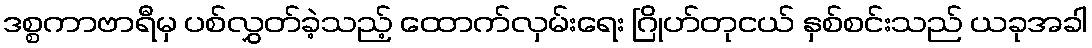
ဒစ္စကာဗာရီမှ ပစ်လွှတ်ခဲ့သည့် ထောက်လှမ်းရေး ဂြိုဟ်တုငယ် နှစ်စင်းသည် ယခုအခါ